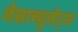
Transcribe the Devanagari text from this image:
मेसाच्युसेट्स